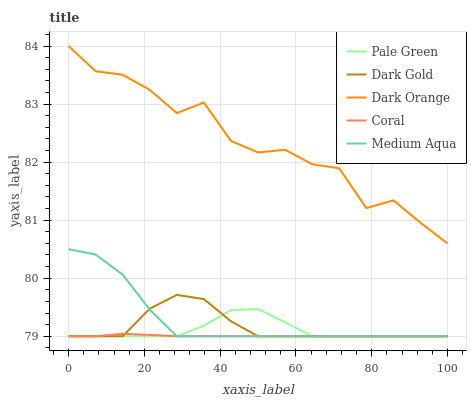
| xaxis_label | Pale Green | Dark Gold | Dark Orange | Coral | Medium Aqua |
 | --- | --- | --- | --- | --- | --- |
 | 0 | 79 | 79 | 84 | 79 | 80.5 |
 | 7.14 | 79 | 79 | 83.6 | 79 | 80.4 |
 | 14.3 | 79 | 79 | 83.5 | 79 | 80.1 |
 | 21.4 | 79 | 79.5 | 83.2 | 79 | 79.5 |
 | 28.6 | 79 | 79.7 | 82.8 | 79 | 79 |
 | 35.7 | 79.2 | 79.6 | 83 | 79 | 79 |
 | 42.9 | 79.4 | 79.3 | 82.4 | 79 | 79 |
 | 50 | 79.5 | 79 | 82.2 | 79 | 79 |
 | 57.1 | 79.2 | 79 | 82.2 | 79 | 79 |
 | 64.3 | 79 | 79 | 82 | 79 | 79 |
 | 71.4 | 79 | 79 | 81.9 | 79 | 79 |
 | 78.6 | 79 | 79 | 81.2 | 79 | 79 |
 | 85.7 | 79 | 79 | 81.3 | 79 | 79 |
 | 92.9 | 79 | 79 | 81 | 79 | 79 |
 | 100 | 79 | 79 | 80.6 | 79 | 79 |